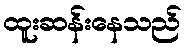
ထူးဆန်းနေသည်